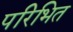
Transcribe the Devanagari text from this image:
परिभित